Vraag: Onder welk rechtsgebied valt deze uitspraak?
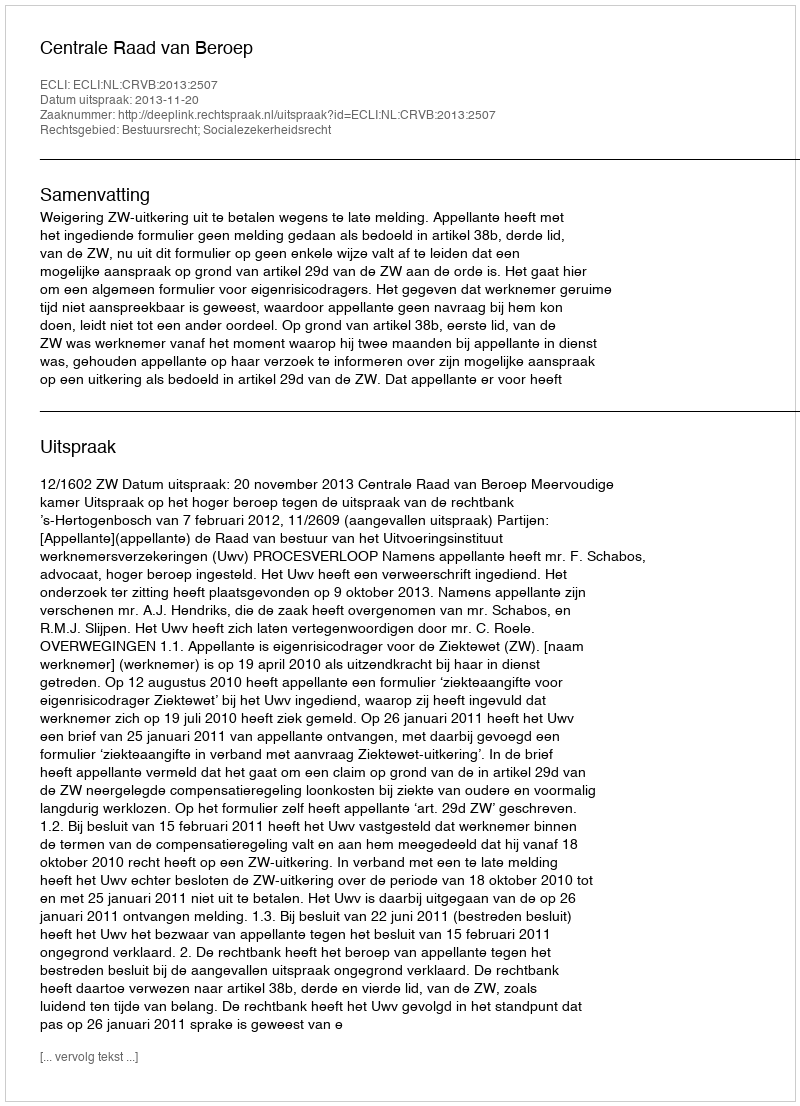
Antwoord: Bestuursrecht; Socialezekerheidsrecht